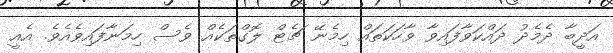
އަދީބާ ދެމެދު ދައްކަވާފައިވާ ވާހަކަތައް ހިމެނޭ ޗެޓް ލޮގްތަކެއް ވެސް ހިމަނާފައިވެއެވެ. އެއީ